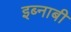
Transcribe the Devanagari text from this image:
इब्नाबी